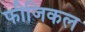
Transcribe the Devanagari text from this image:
फीजिकल